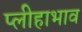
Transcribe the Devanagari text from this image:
प्लीहाभाव